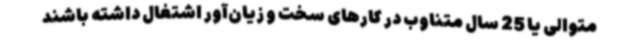
متوالی یا 25 سال متناوب در کارهای سخت و زیان‌آور اشتغال داشته باشند